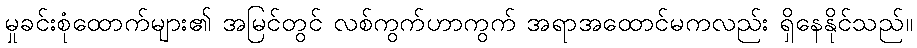
မှုခင်းစုံထောက်များ၏ အမြင်တွင် လစ်ကွက်ဟာကွက် အရာအထောင်မကလည်း ရှိနေနိုင်သည်။